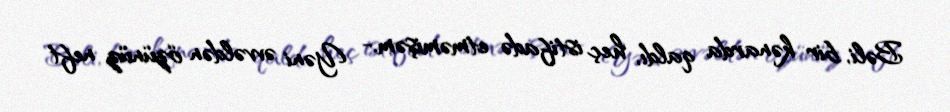
Bəli, bir kənarda qaldı, heç istifadə etməmişəm.- Yəni əvvəldən özünüz neft